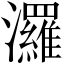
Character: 𤄷